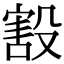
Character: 㲅